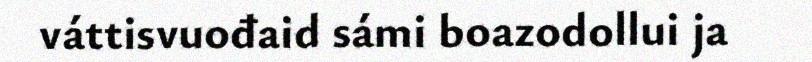
váttisvuođaid sámi boazodollui ja